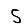
Digit: 5